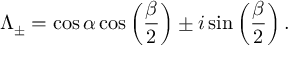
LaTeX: \Lambda _ { \pm } = \cos \alpha \cos \left( \frac { \beta } { 2 } \right) \pm i \sin \left( \frac { \beta } { 2 } \right) .